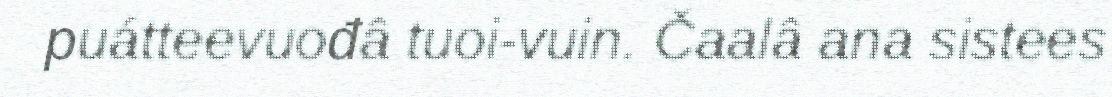
puátteevuođâ tuoi-vuin. Čaalâ ana sistees